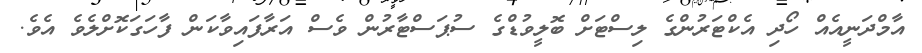
އާމްދަނީއެއް ހޯދި އެކްޓަރުންގެ ލިސްޓަށް ބޮލީވުޑްގެ ސުޕަސްޓާރުން ވެސް އަރާފައިވާކަން ފާހަގަކޮށްލެވެ އެވެ.